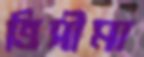
ত্রিসীমা